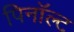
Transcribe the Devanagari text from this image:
पिनॉल्ट